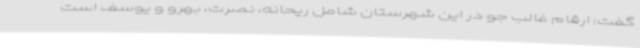
گفت: ارقام غالب جو در این شهرستان شامل ریحانه، نصرت، بهرو و یوسف است